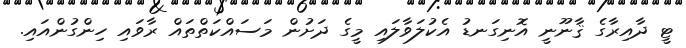
ޓީ ދާއިރާގެ ޤާނޫނީ އޮނިގަނޑު އެކުލަވާލައި މީގެ ދަށުން މަސައްކަތްތައް ރާވައި ހިންގުންއައި.